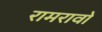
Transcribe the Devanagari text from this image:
रामरावो